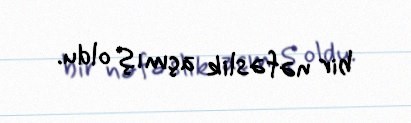
bir nəfəslik açmış oldu.